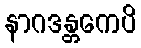
နာဂဒန္တကေပိ